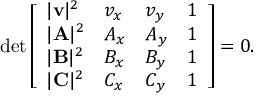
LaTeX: \operatorname* { d e t } { \left[ \begin{array} { l l l l } { | \mathbf { v } | ^ { 2 } } & { v _ { x } } & { v _ { y } } & { 1 } \\ { | \mathbf { A } | ^ { 2 } } & { A _ { x } } & { A _ { y } } & { 1 } \\ { | \mathbf { B } | ^ { 2 } } & { B _ { x } } & { B _ { y } } & { 1 } \\ { | \mathbf { C } | ^ { 2 } } & { C _ { x } } & { C _ { y } } & { 1 } \end{array} \right] } = 0 .